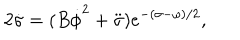
2 \dot { \sigma } = ( B \dot { \phi } ^ { 2 } + \ddot { \sigma } ) e ^ { - ( \sigma - \omega ) / 2 } ,